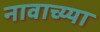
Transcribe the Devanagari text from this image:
नावाच्य्या